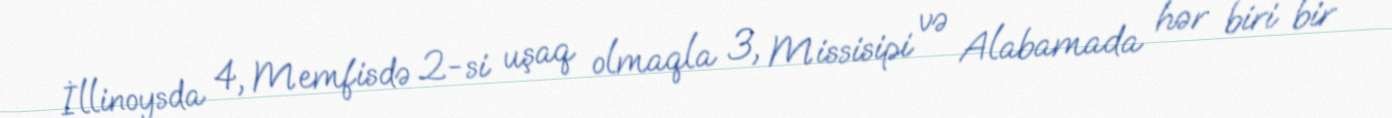
İllinoysda 4, Memfisdə 2-si uşaq olmaqla 3, Missisipi və Alabamada hər biri bir